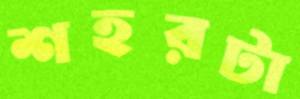
শহরটা